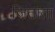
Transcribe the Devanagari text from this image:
जिताता